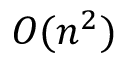
O ( n ^ { 2 } ) \,